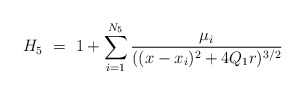
\begin{align*} H_{5} \ = \ 1+ \sum_{i=1}^{N_{5}} \frac{\mu_{i}}{((x-x_{i})^{2} + 4Q_{1}r)^{3/2}}\end{align*}